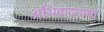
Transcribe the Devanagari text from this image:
अभिवादनाचा